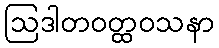
ဩဒါတဝတ္ထဝသနာ